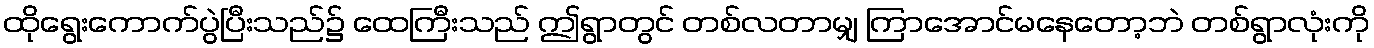
ထိုရွေးကောက်ပွဲပြီးသည်၌ ထေကြီးသည် ဤရွာတွင် တစ်လတာမျှ ကြာအောင်မနေတော့ဘဲ တစ်ရွာလုံးကို